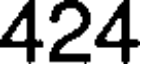
424